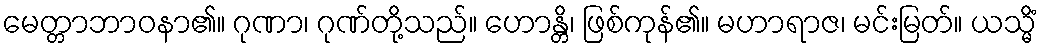
မေတ္တာဘာဝနာ၏။ ဂုဏာ၊ ဂုဏ်တို့သည်။ ဟောန္တိ၊ ဖြစ်ကုန်၏။ မဟာရာဇ၊ မင်းမြတ်။ ယသ္မိံ